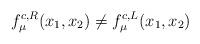
LaTeX: \begin{align*}f_{\mu}^{c, R}(x_{1}, x_{2}) \neq f_{\mu}^{c, L}(x_{1}, x_{2})\end{align*}